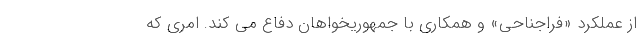
از عملکرد «فراجناحی» و همکاری با جمهوریخواهان دفاع می کند. امری که